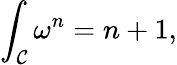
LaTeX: \int_{\cal C}\omega^{n}=n+1,